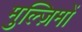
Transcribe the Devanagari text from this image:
मुल्ज़िमों